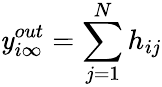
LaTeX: \mathit{y}_{i\infty}^{out}=\sum_{j=1}^{N}h_{ij}